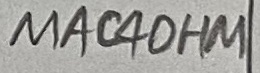
Text: MAC4OHM